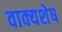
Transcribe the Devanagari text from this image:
वाक्यशेष